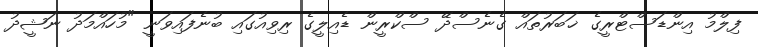
ފިލްމު އިންޑަސްޓްރީގެ ޚަބަރުތައް ގެނެސްދޭ ސްކްރީން ޑެއިލީގެ ރިވިއުގައި ބުނެފައިވަނީ "މުހައްމަދު ނަޝީދު